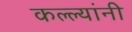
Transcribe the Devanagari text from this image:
कल्ल्यांनी